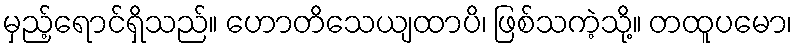
မှည့်ရောင်ရှိသည်။ ဟောတိသေယျထာပိ၊ ဖြစ်သကဲ့သို့။ တထူပမော၊